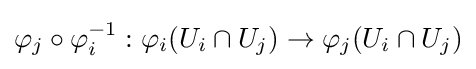
\varphi _{j}\circ \varphi _{i}^{-1}:\varphi _{i}(U_{i}\cap U_{j})\to \varphi _{j}(U_{i}\cap U_{j})